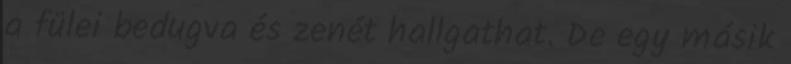
a fülei bedugva és zenét hallgathat. De egy másik